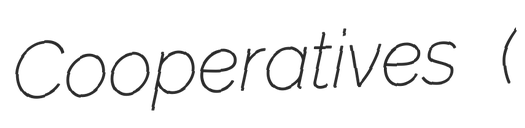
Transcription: Cooperatives (সমবায়